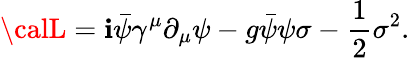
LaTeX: {\calL}=\mathbf{i}{\bar{{\psi}}}\gamma^{\mu}\partial_{\mu}\psi-g{\bar{{\psi}}}\psi\sigma-{\frac{{1}}{{2}}}\sigma^{2}.